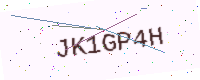
Text: JK1GP4H